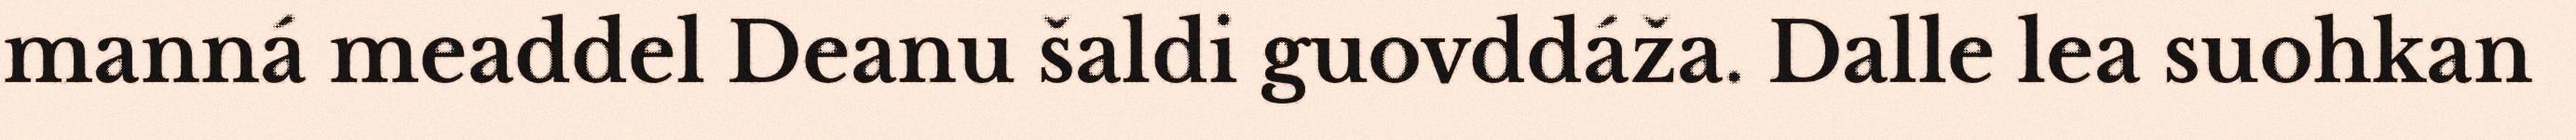
manná meaddel Deanu šaldi guovddáža. Dalle lea suohkan